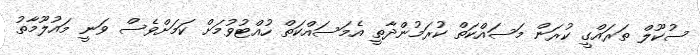
ސުކޫލް ތަރައްގީ ކުރަން މަސައްކަތް ކުރަމުންދާތީ އެމަސައްކަތް ހުއްޓުވުމަށް ކަމަށްވެސް ވަނީ މައުލޫމާތު